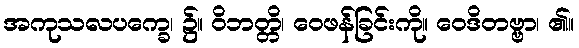
အကုသလပက္ခေ၊ ၌။ ဝိဘတ္တိ၊ ဝေဖန်ခြင်းကို။ ဝေဒိတဗ္ဗာ၊ ၏။